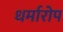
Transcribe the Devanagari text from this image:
धर्मारोप